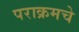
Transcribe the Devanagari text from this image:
पराक्रमचे